Civil Veterinary Dept. Bombay admin report 1932-41 - 1932-1941
Year: 1932
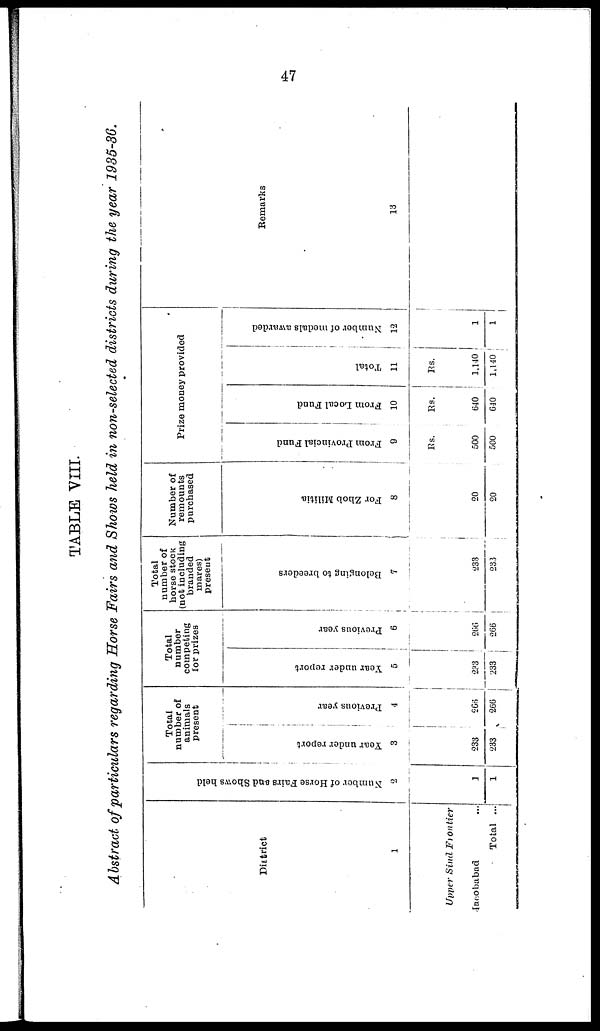
47
TABLE VIII
Abstract of particulars regarding Horse Fairs and Shows held in non-selected districts during the year 1935-36.
District
1
Upper Sind
Frontier
Macobabad ...
Total ...
Number of Horse Fairs and Shows held
2
1
1
Total
number of
animals
present
Year under report
3
233
233
Previous year
4
266
266
Total
number
competing
for prizes
Year under report
5
233
233
Previous year
6
266
266
Total
number of
horse stock
(not including
branded
mares)
present
Belonging to breeders
7
233
233
Number of
remounts
purchased
For Zhob Militia
8
20
20
Prize money provided
From
Provincial Fund
9
Rs.
500
500
From Local Fund
10
Rs.
640
640
Total
11
Rs.
1,140
1,140
Number of medals awarded
12
1
1
Remarks
13